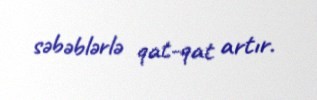
səbəblərlə qat-qat artır.